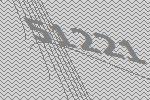
51221